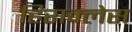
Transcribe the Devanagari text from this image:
हिराक्लेस